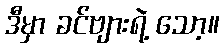
ဒီမှာ ခင်ဗျားရဲ့ သော့။